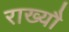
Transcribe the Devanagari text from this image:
राख्यौ